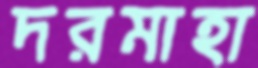
দরমাহা